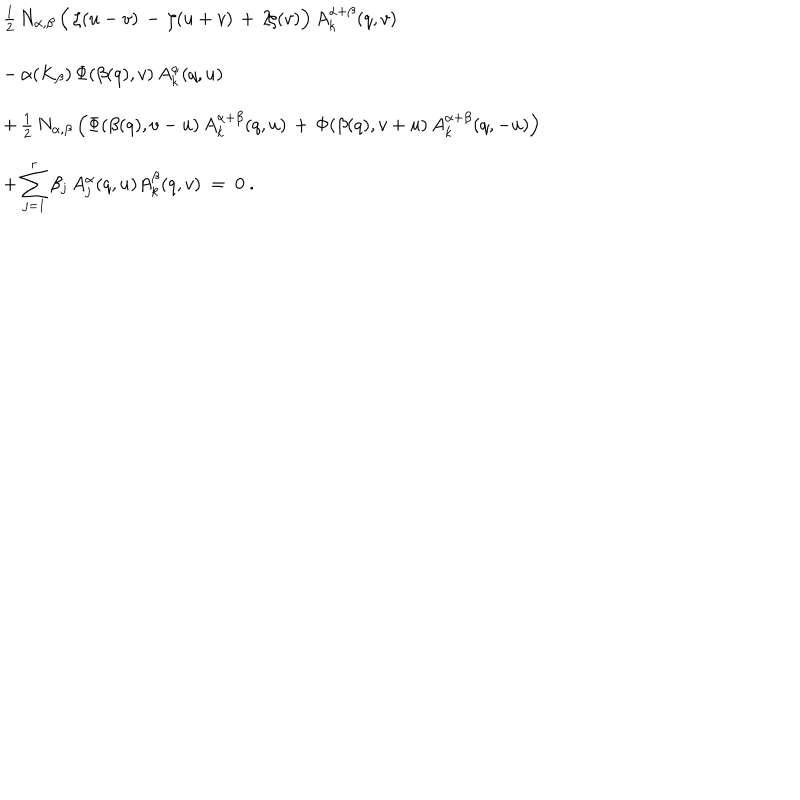
\begin{array} { l } { { { \textstyle \frac { 1 } { 2 } } \, N _ { \alpha , \beta } ^ { } \, \Bigl ( \, \zeta ( u - v ) \, - \, \zeta ( u + v ) \, + \, 2 \! \zeta ( v ) \Bigr ) \, A _ { k } ^ { \alpha + \beta } ( q , v ) } } \\ { { \mathrm { } - \, \alpha ( K _ { \beta } ) \, \Phi ( \beta ( q ) , v ) \, A _ { k } ^ { \alpha } ( q , u ) } } \\ { { \mathrm { } + \, { \textstyle \frac { 1 } { 2 } } \, N _ { \alpha , \beta } ^ { } \, \Bigl ( \Phi ( \beta ( q ) , v - u ) \, A _ { k } ^ { \alpha + \beta } ( q , u ) \, + \, \Phi ( \beta ( q ) , v + u ) \, A _ { k } ^ { \alpha + \beta } ( q , - u ) \Bigr ) } } \\ { { \mathrm { } + \, { \displaystyle \sum _ { j = 1 } ^ { r } } \, \beta _ { j } ^ { } \, A _ { j } ^ { \alpha } ( q , u ) A _ { k } ^ { \beta } ( q , v ) ~ = ~ 0 ~ . } } \\ \end{array}